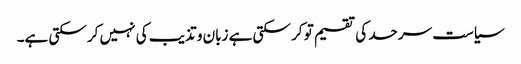
سیاست سرحد کی تقسیم تو کر سکتی ہے زبان و تذیب کی نہیں کر سکتی ہے۔